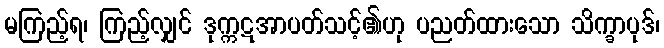
မကြည့်ရ၊ ကြည့်လျှင် ဒုက္ကဋအာပတ်သင့်၏ဟု ပညတ်ထားသော သိက္ခာပုဒ်၊